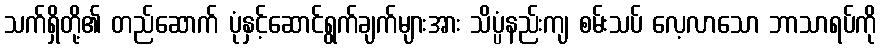
သက်ရှိတို့၏ တည်ဆောက် ပုံနှင့်ဆောင်ရွက်ချက်များအား သိပ္ပံနည်းကျ စမ်းသပ် လေ့လာသော ဘာသာရပ်ကို